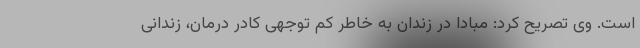
است. وی تصریح کرد: مبادا در زندان به خاطر کم توجهی کادر درمان، زندانی